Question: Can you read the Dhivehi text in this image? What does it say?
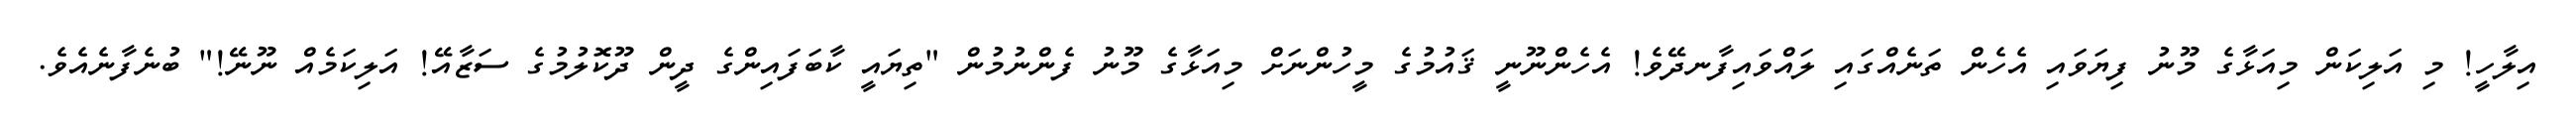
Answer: އިލާހީ! މި އަލިކަން މިއަޅާގެ މޫނު ފިޔަވައި އެހެން ތަނެއްގައި ލައްވައިފާނދޭވެ! އެހެންނޫނީ ޤައުމުގެ މީހުންނަށް މިއަޅާގެ މޫނު ފެންނުމުން "ތިޔައީ ކާބަފައިންގެ ދީން ދޫކޮލުމުގެ ސަޒާއޭ! އަލިކަމެއް ނޫނޭ!" ބުނެފާނެއެވެ.